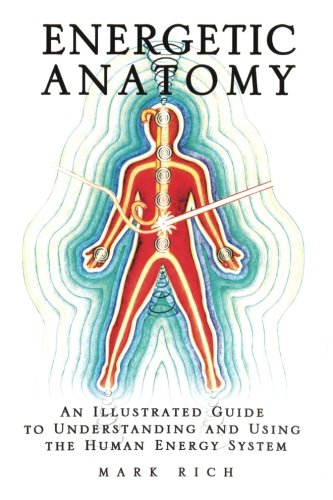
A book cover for Energetic Anatomy: An Illustrated Guide to Understanding and Using the Human Energy System; Mark Rich; Health, Fitness & Dieting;